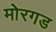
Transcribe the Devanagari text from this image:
मोरगड